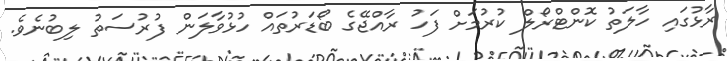
ރާޅުގައި ހާލަތު ކޮންޓްރޯލް ކުރުމަށް ފަހު ރާއްޖޭގެ ބޯޑަރުތައް ހުޅުވާލަން ފުރުސަތު ލިބުނެވެ.